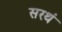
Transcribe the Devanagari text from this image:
सरथं